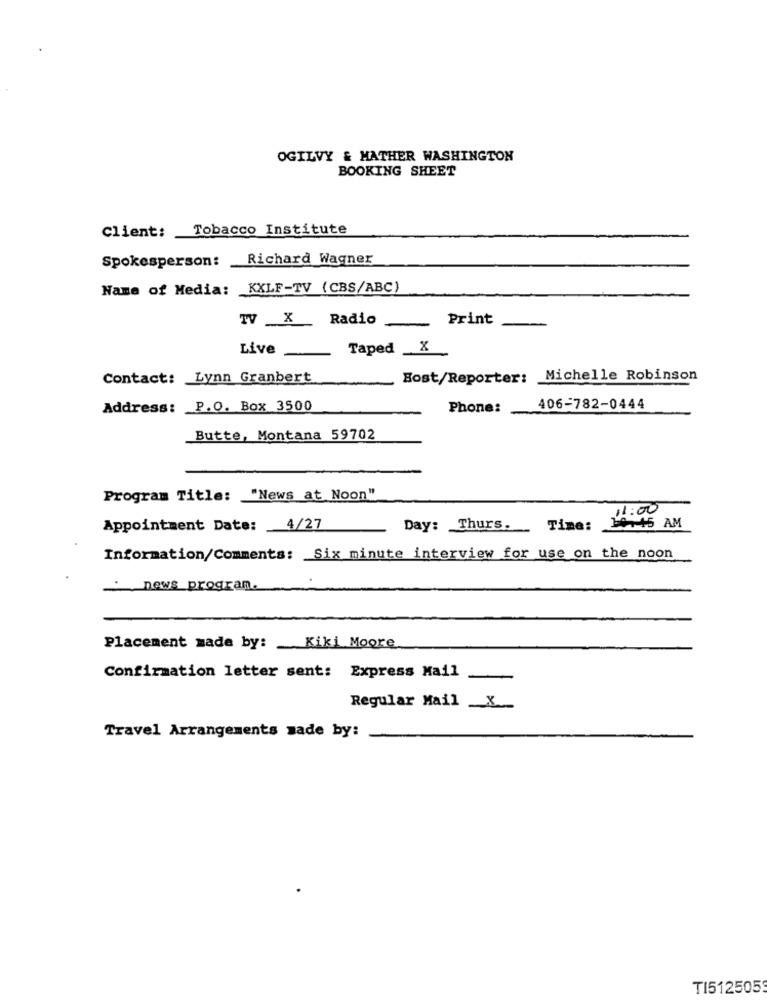
OGILVY & MATHER WASHINGTON
BOOKING SHEET
Client: Tobacco Institute
Spokesperson: Richard Wagner
Name of Media: KXLF-TV (CBS/ABC)
Radio
Print
TVI X
Live
Taped _X
Contact: Lynn Granbert
Bost/Reporter: Michelle Robinson
Address: P.O. Box 3500
Phone:
406-782-0444
Butte, Montana 59702
Program Title: "News at Noon"
11:00
Appointment Date:
4/27
Day: Thurs. _ Time:
10.45 AM
Information/Comments: Six minute interview for use on the noon
news program.
Placement made by:
Kiki Moore
Confirmation letter sent: Express Mail
Regular Mail _X_
Travel Arrangements made by:
TI512505